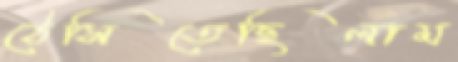
ঠেসিতেছিলাম